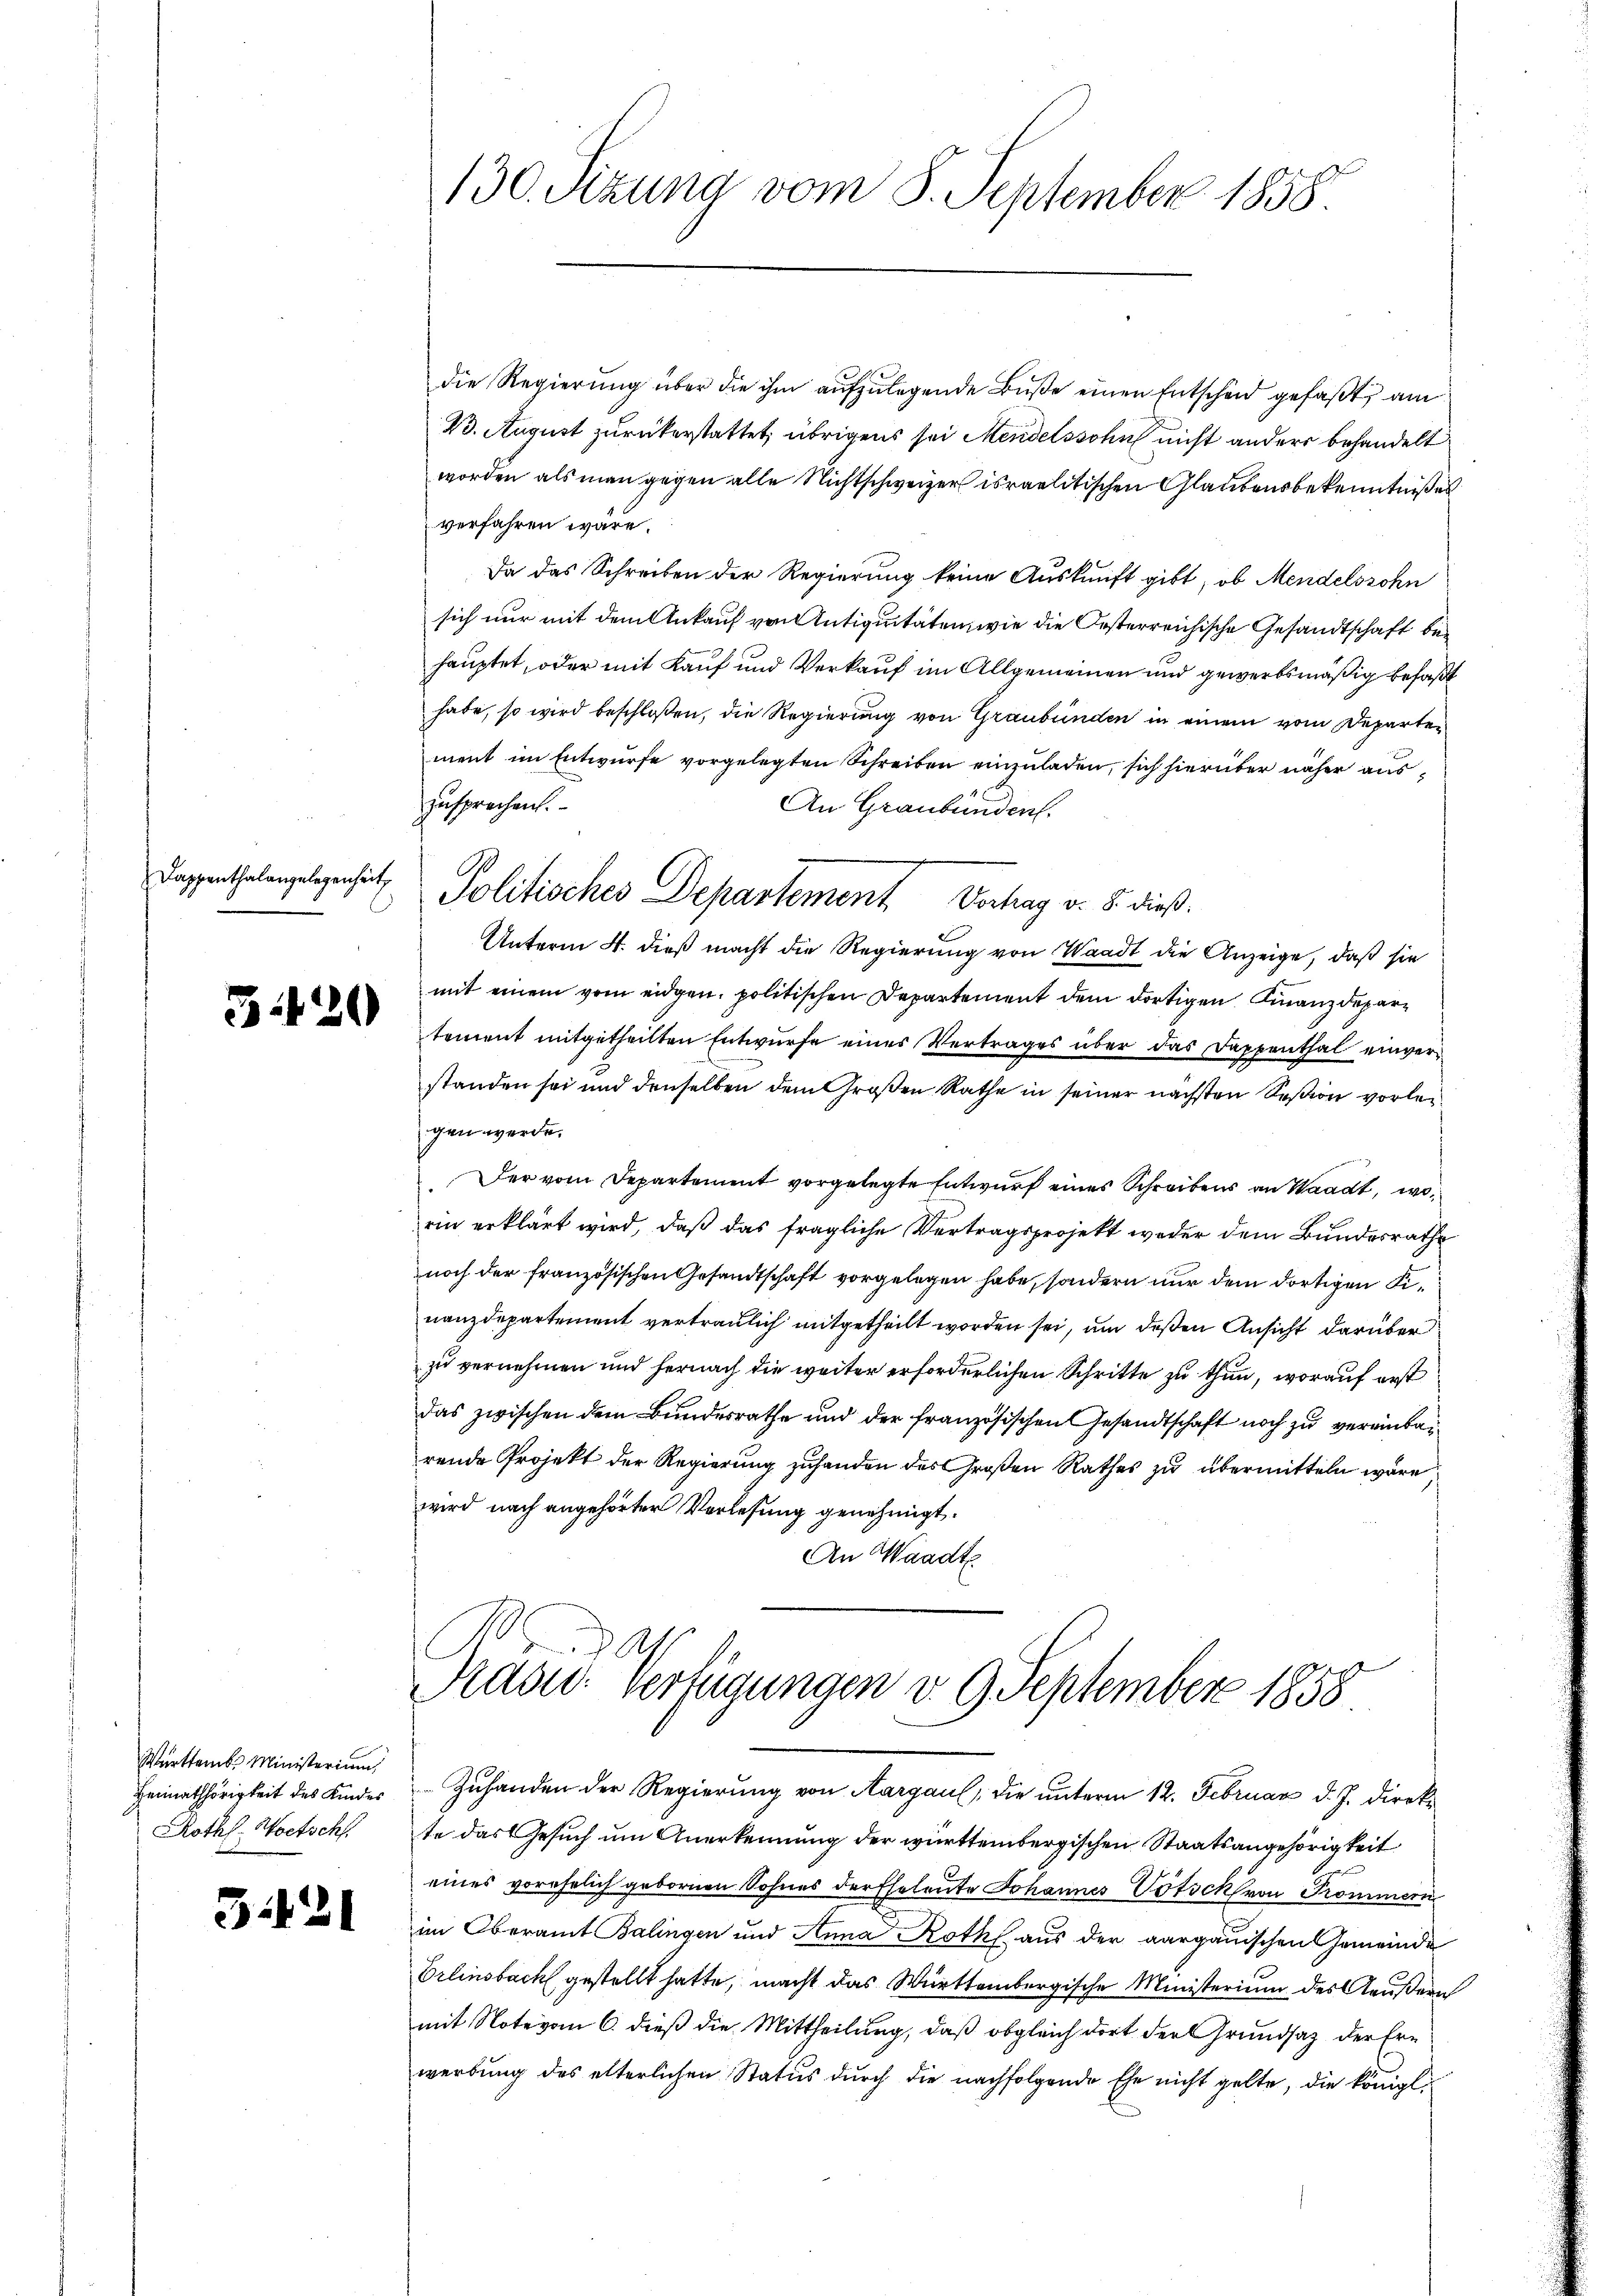
130. Sizung vom 8. September 1858.

die Regierŭng über die ihm aŭfzŭlegende Bŭβe einen Entscheid gefaßt, am
23. August zurückerstattet, übrigens sei Mendelssohn nicht anders behandelt
worden als man gegen alle Nichtschweizer israelitischen Glaubensbekenntnißes
verfahren wäre.
Da das Schreiben der Regierung keine Auskunft gibt, ob Mendelsrohn
sich nur mit dem Ankauf von Antiquitäten, wie die Oesterreichische Gesandtschaft behauptet, oder mit Kauf und Verkauf im Allgemeinen und gewerbsmäßig befaßt
habe, so wird beschloßen, die Regierung von Graubünden in einem vom Departement im Entwurfe vorgelegten Schreiben einzuladen, sich hierüber näher auszusprechen.
An Graubünden.
tement mitgetheilten Entwurfe eines Vertrages über das Dappenthal einverstanden sei und denselben dem Großen Rathe in seiner nächsten Seßion vorleigen werde.
Der vom Departement vorgelegte Entwurf eines Schreibens an Waadt, worin erklärt wird, daß das fragliche Vertragsprojekt weder dem Bundesrathe
noch der französischen Gesandtschaft vorgelegen habe, sondern nur dem dortigen Finanzdepartement vertraulich mitgetheilt worden sei, um deßen Ansicht darüber
zu vernehmen und hernach die weiter erforderlichen Schritte zu thun, worauf erst
das zwischen dem Bundesrathe und der französischen Gesandtschaft noch zu vereinbaurende Projekt der Regierung zuhanden des Großen Rathes zu übermitteln wäre,
wird nach angehörter Vorlesung genehmigt.
An Waadt
as

Politisches Departement Verhag v. 8. dieß
Unterm 4. dieß macht die Regierung von Waadt die Anzeige, daß sie
mit einem vom eidgen. politischen Departement dem dortigen Finanzdepar¬

Dappenthalangelegenheit,

3420

Rasi: verfügungen d. 9. September 1858
Zuhanden der Regierung von Aargau, die unterm 12. Februar d. J. direk¬

Württemb. Ministerium
Heimathörigkeit des Kinder
Rothl. Hoetschl

te das Gesuch um Anerkennung der württembergischen Staatsangehörigkeit
eines vorehelich gebornen Sohnes der Eheleute Johannes Votock von Trommern
im Oberamt Balingen und Anna Roth aus der aargauischen Gemeinde
Erlinsbach gestellt hatte, macht das Württembergische Ministerium des Aeußern
mit Note vom 6. dieß die Mittheilung, daß obgleich dort der Grundsaz der Ern
werbung des elterlichen Status durch die nachfolgende Ehe nicht gelte, die königl.

3:121